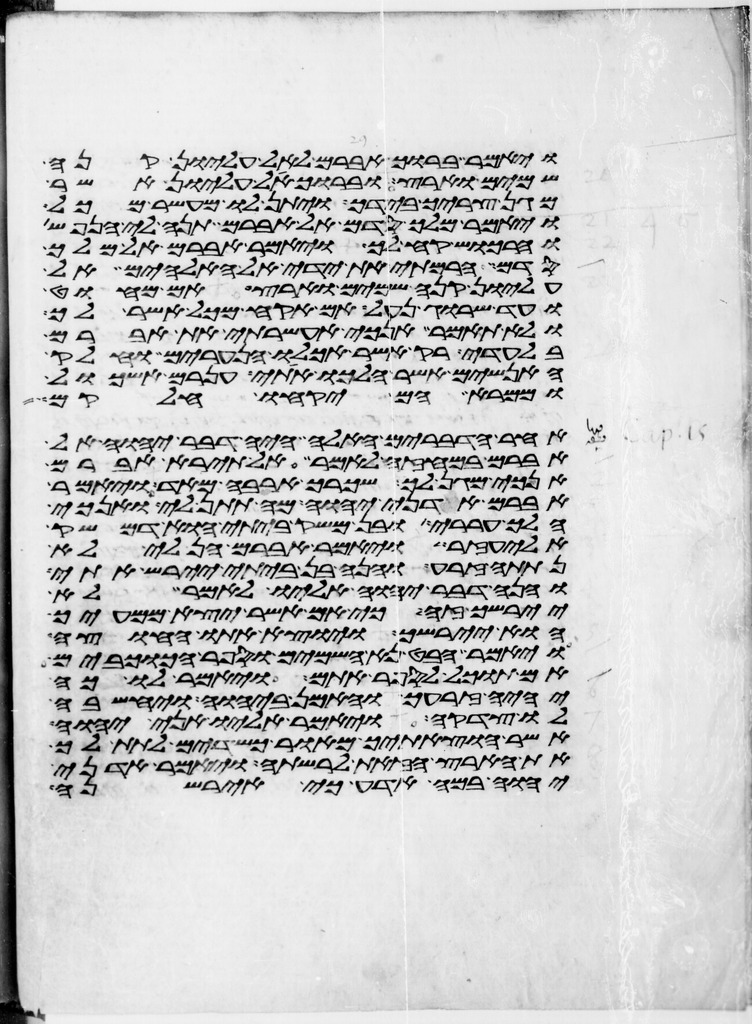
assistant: ויאמר ברוך אברם לאל עליון קנה
שמים וארץ וברוך אל עליון אשר
מגן צריך בידך ויתן לו מעשר מכל
ויאמר מלך סדם אל אברם תנה לי הנפש
והרכוש קח לך ויאמר אברם אל מלך
סדם הרמתי את ידי אל האלהים אל
עליון קנה שמים וארץ אם מחוט
ועד שרוג נעל אם אקח מכל אשר לך
ולא תאמר אנכי אעשרתי את אברם
בלעדי רק אשר אכלו הנערים וחלק
האנשים אשר הלכו אתי ענרם ואשכול
וממרא הם יקחו חלקם
אחר הדברים האלה היה דבר יהוה אל
אברם במחזה לאמר אל תירא אברם
אנכי מגן לך ושכרך ארבה מאד ויאמר
אברם אדני יהוה מה תתן לי ואנכי
הלך עררי ובן משק ביתי הוא דמשק
אליעזר ויאמר אברם הן לי לא
נתתה זרע והנה בן ביתי יירש אתי
והנה דבר יהוה אליו לאמר לא
יירשך זה כי אם אשר יצא ממעיך
הוא יירשך ויוצא אתו החוצה
ויאמר הבט נא השמים וספר הכוכבים
אם תוכל לספר אתם ויאמר לו כה
יהיה זרעך והאמן ביהוה ויחשבה
לו צדקה ויאמר אליו אני יהוה
אשר הוצאתיך מאור כשדים לתת לך
את הארץ הזאת לרשתה ויאמר אדני
יהוה במה אדע כי איירשנה